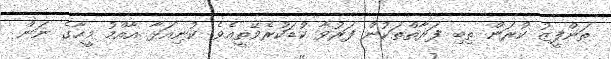
ތަންފީޒު ކުރަން ތިބި ފަރާތްތަކުން ފަރުވާ ކުޑަކުރެވޭތީއެވެ. ކުނިއަޅާ އާއްމު މީހާގެ ނަން